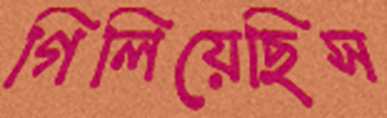
গিলিয়েছিস